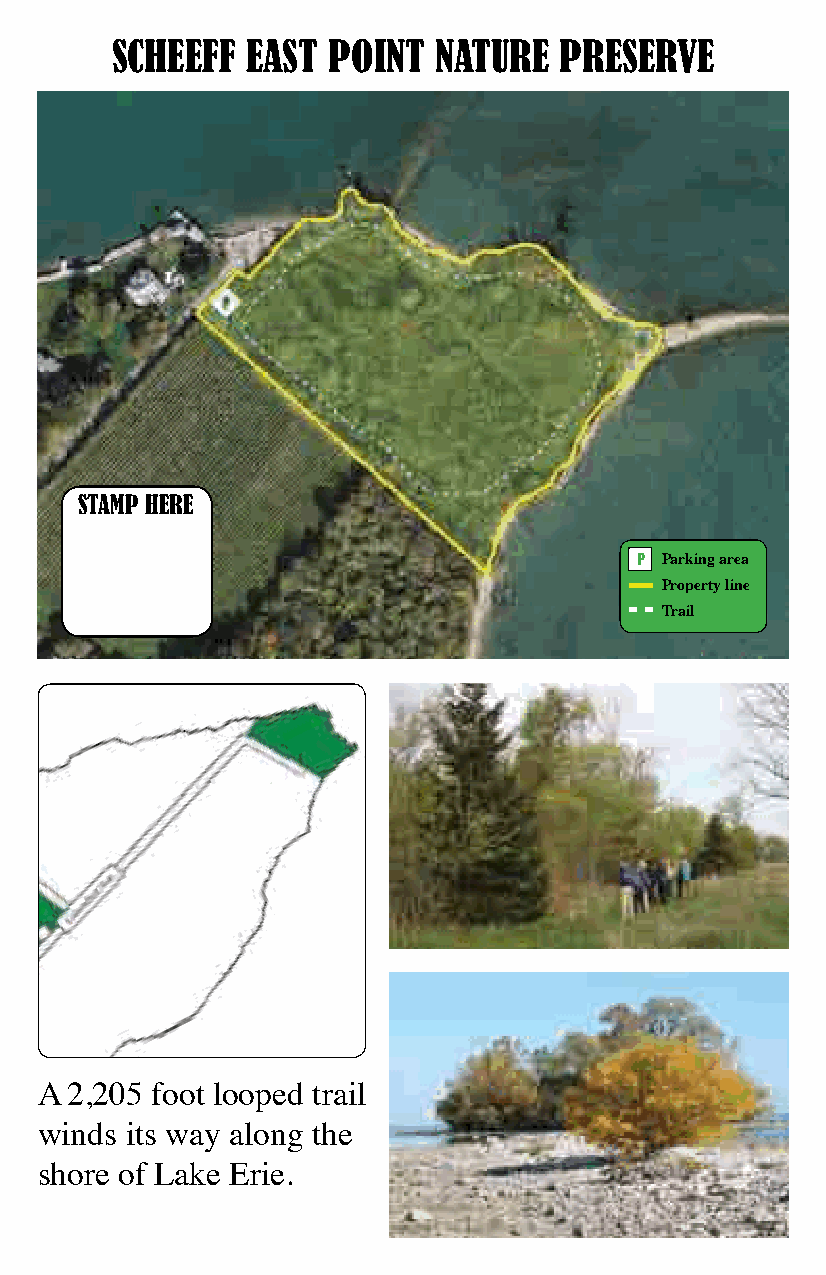
SCHEEFF  EAST  POINT  NATURE  PRESERVE
 STAMP HERE
 P Parking area
 Property line
 Trail
 A 2,205 foot looped trail
 winds its way along the
 shore of Lake Erie.